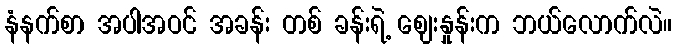
နံနက်စာ အပါအဝင် အခန်း တစ် ခန်းရဲ့ ဈေးနှုန်းက ဘယ်လောက်လဲ။